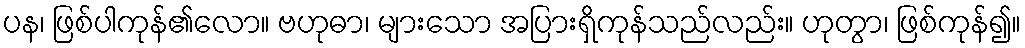
ပန၊ ဖြစ်ပါကုန်၏လော။ ဗဟုဓာ၊ များသော အပြားရှိကုန်သည်လည်း။ ဟုတွာ၊ ဖြစ်ကုန်၍။